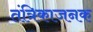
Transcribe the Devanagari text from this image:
तंत्रिकाजनक